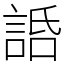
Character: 䛡